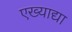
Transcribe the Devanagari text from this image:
एख्याद्या